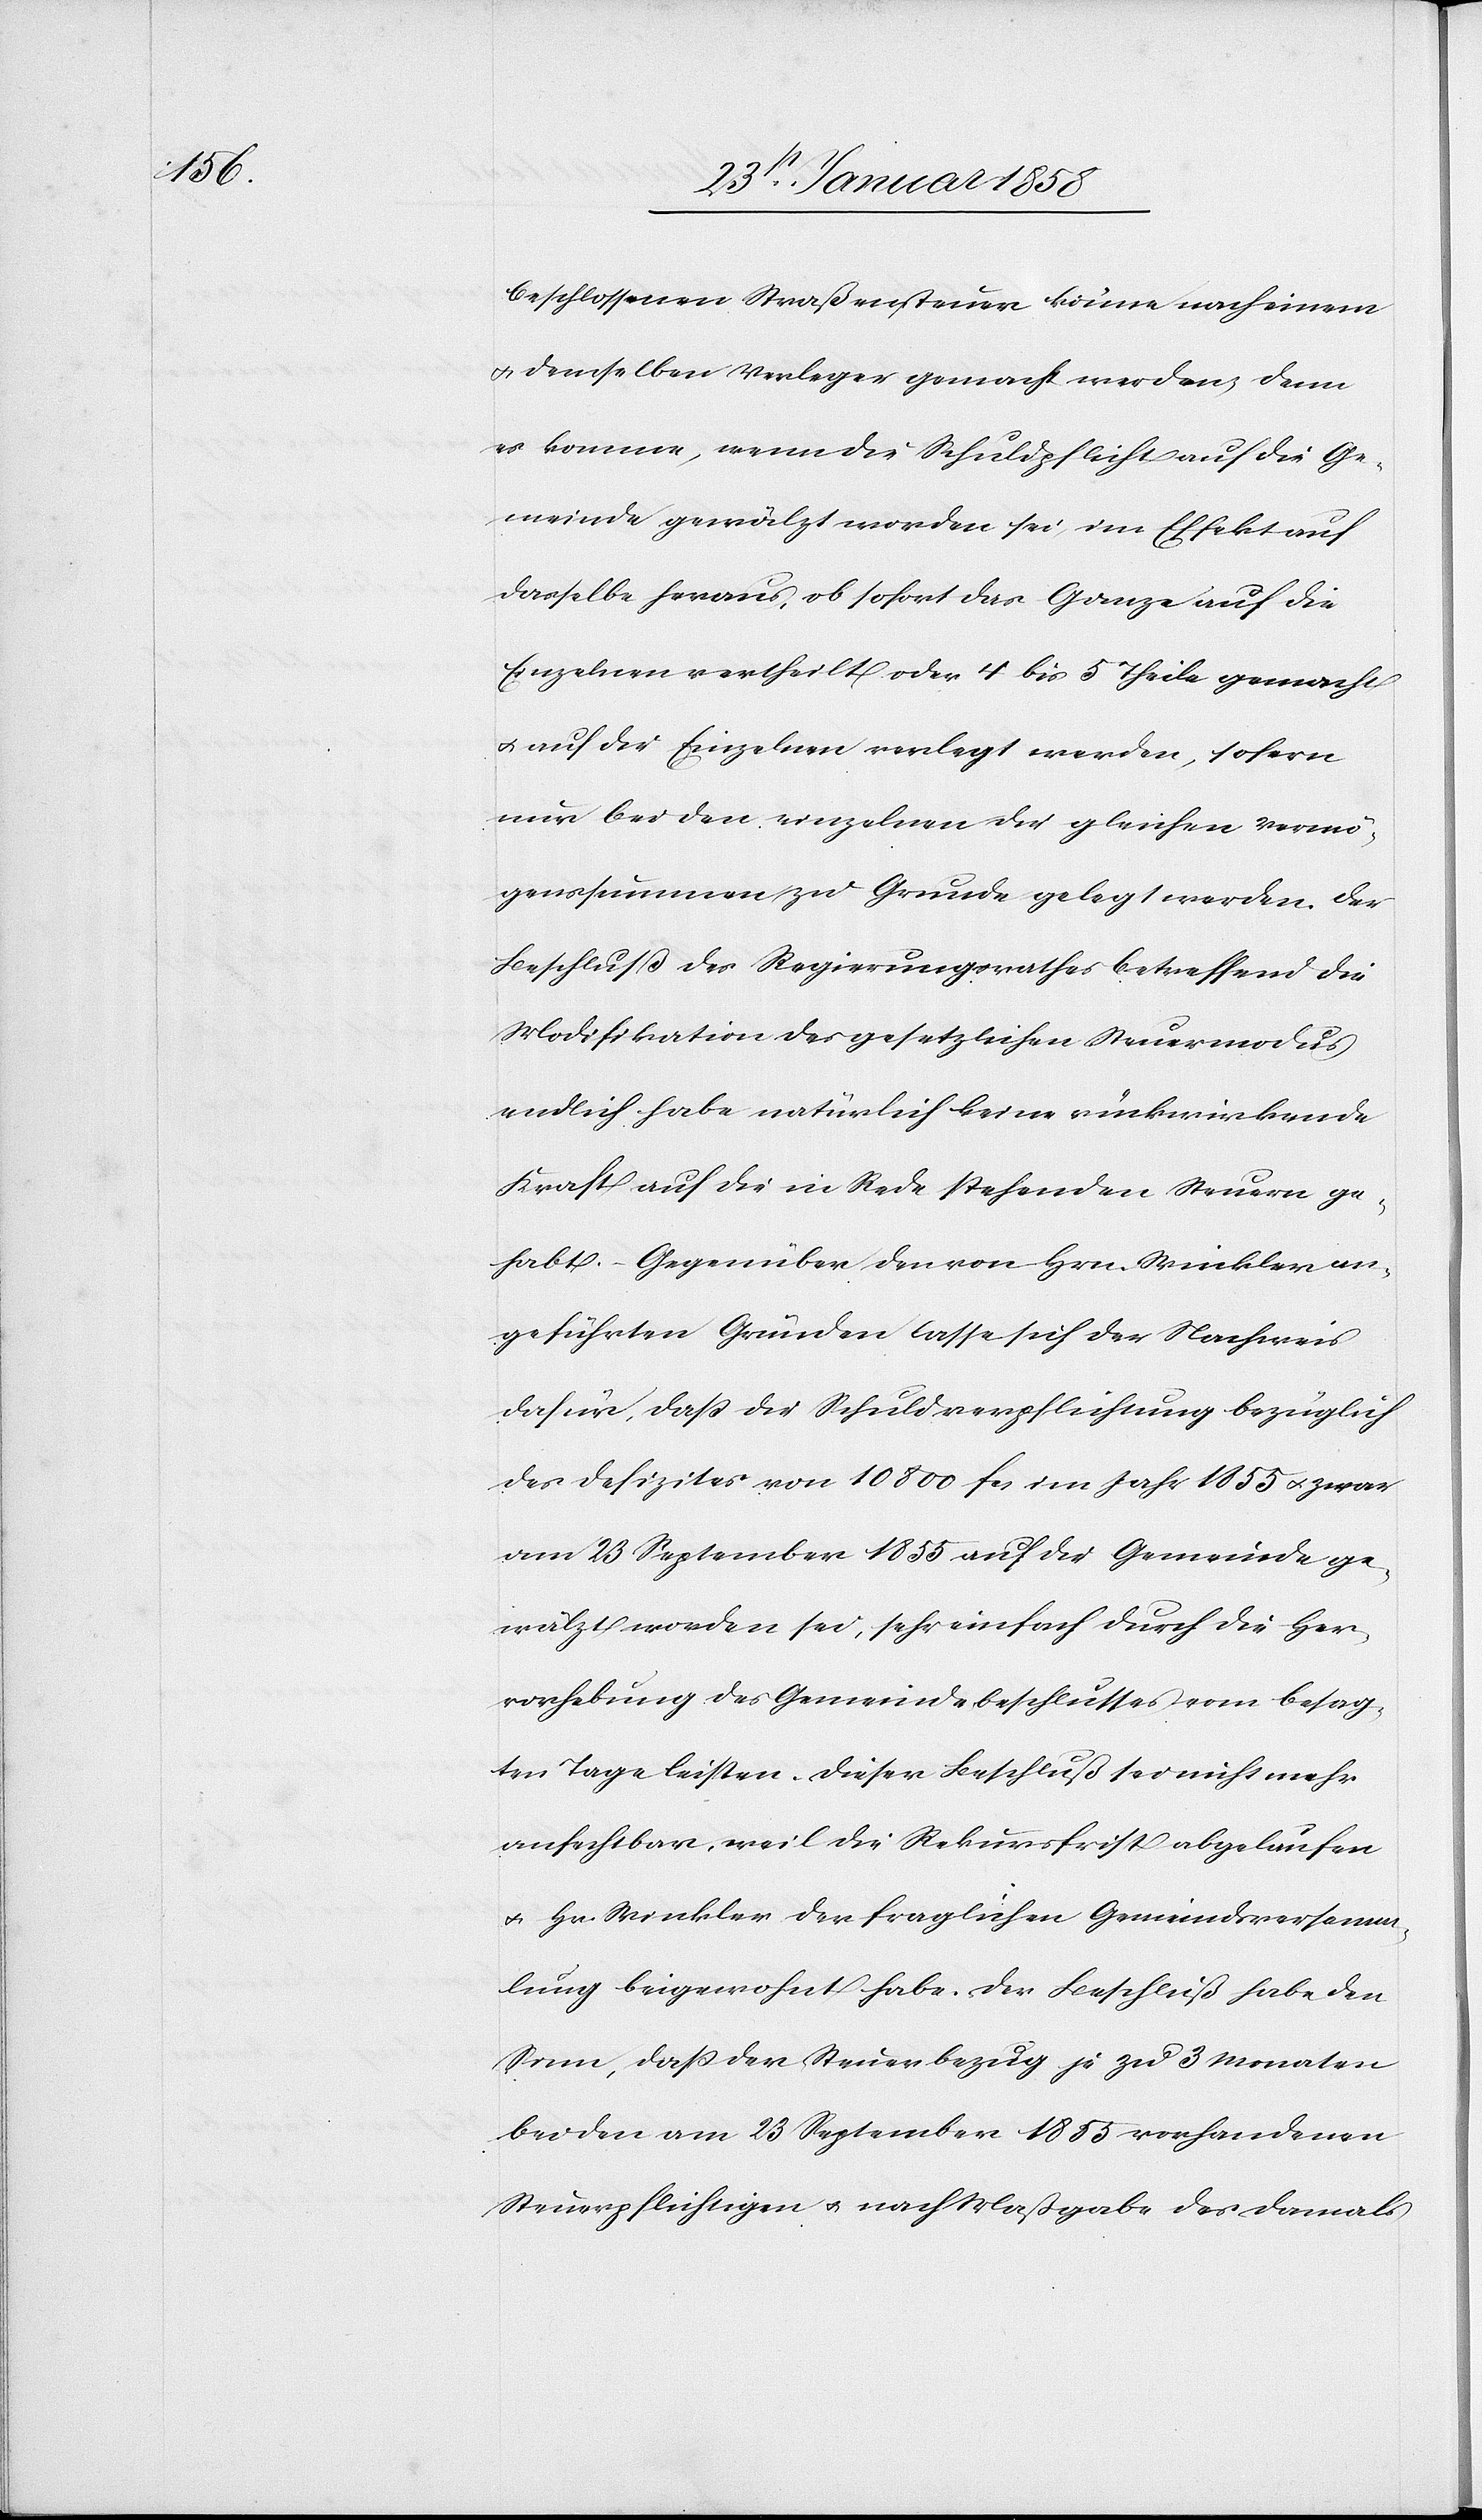
beschlossenen Straßensteuer könne nach einem
u. demselben Verleger gemacht werden, denn
es komme, wenn die Schuldpflicht auf die Ge¬
meinde gewälzt worden sei, im Effekt auf
dasselbe heraus, ob sofort das Ganze auf die
nur bei den einzelnen die gleichen Vermö¬
genssummen zu Grunde gelegt werden. Der
Beschluß des Regierungsrathes betreffend die
Modifikation des gesetzlichen Steuermodus
endlich habe natürlich keine rückwirkende
Kraft auf die in Rede stehenden Steuern ge¬
habt. Gegenüber den von Hrn. Winkler an¬
geführten Gründen lasse sich der Nachweis
dafür, daß die Schuldverpflichtung bezüglich
des Defizites von 10 800 fcs im Jahr 1855 u. zwar
am 23 September 1855 auf die Gemeinde ge¬
wälzt worden sei, sehr einfach durch die Her¬
vorhebung des Gemeindebeschlusses vom besag¬
ten Tage leisten. Dieser Beschluß sei nicht mehr
anfechtbar, weil die Rekursfrist abgelaufen
u. Hr. Winkler der fraglichen Gemeindsversamm¬
lung beigewohnt habe. Der Beschluß habe den
Sinn, daß der Steuerbezug je zu 3 Monaten
bei den am 23 September 1853 vorhandenen
Steuerpflichtigen u. nach Maßgabe des damals